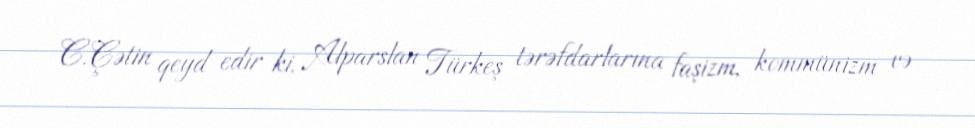
C.Çətin qeyd edir ki, Alparslan Türkeş tərəfdarlarına faşizm, kommünizm və